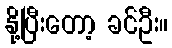
နို့ပြီးတော့ ခင်ဦး။